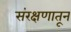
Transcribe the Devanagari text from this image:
संरक्षणातून